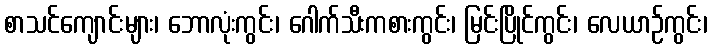
စာသင်ကျောင်းများ၊ ဘောလုံးကွင်း၊ ဂေါက်သီးကစားကွင်း၊ မြင်းပြိုင်ကွင်း၊ လေယာဉ်ကွင်း၊